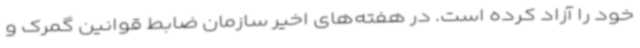
خود را آزاد کرده است. در هفته‌های اخیر سازمان ضابط قوانین گمرک و